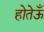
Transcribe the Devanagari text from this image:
होतेऊँ